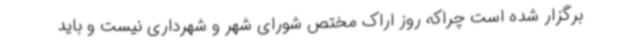
برگزار شده است چراکه روز اراک مختص شورای شهر و شهرداری نیست و باید